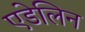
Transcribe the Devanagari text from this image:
एडेलिन